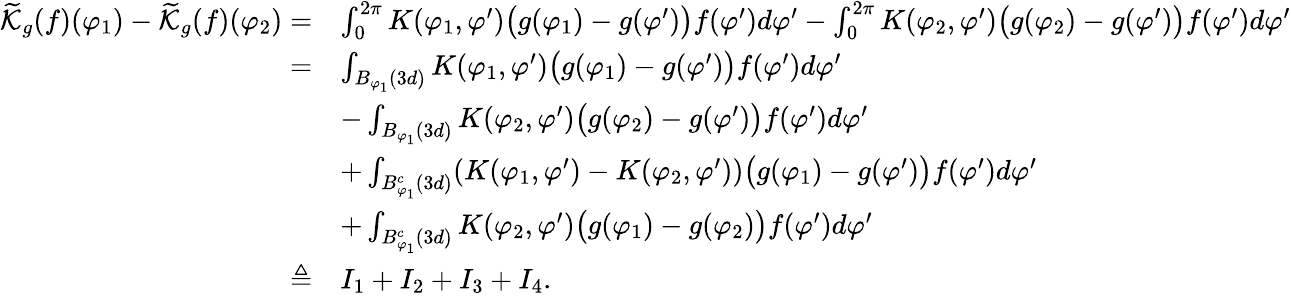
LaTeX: \begin{array}{rl}{\widetilde{\mathcal{K}}_{g}(f)(\varphi_{1})-\widetilde{\mathcal{K}}_{g}(f)(\varphi_{2})=}&{\int_{0}^{2\pi}K(\varphi_{1},\varphi^{\prime})\big(g(\varphi_{1})-g(\varphi^{\prime})\big)f(\varphi^{\prime})d\varphi^{\prime}-\int_{0}^{2\pi}K(\varphi_{2},\varphi^{\prime})\big(g(\varphi_{2})-g(\varphi^{\prime})\big)f(\varphi^{\prime})d\varphi^{\prime}}\\ {=}&{\int_{B_{\varphi_{1}}(3d)}K(\varphi_{1},\varphi^{\prime})\big(g(\varphi_{1})-g(\varphi^{\prime})\big)f(\varphi^{\prime})d\varphi^{\prime}}\\ &{-\int_{B_{\varphi_{1}}(3d)}K(\varphi_{2},\varphi^{\prime})\big(g(\varphi_{2})-g(\varphi^{\prime})\big)f(\varphi^{\prime})d\varphi^{\prime}}\\ &{+\int_{B_{\varphi_{1}}^{c}(3d)}(K(\varphi_{1},\varphi^{\prime})-K(\varphi_{2},\varphi^{\prime}))\big(g(\varphi_{1})-g(\varphi^{\prime})\big)f(\varphi^{\prime})d\varphi^{\prime}}\\ &{+\int_{B_{\varphi_{1}}^{c}(3d)}K(\varphi_{2},\varphi^{\prime})\big(g(\varphi_{1})-g(\varphi_{2})\big)f(\varphi^{\prime})d\varphi^{\prime}}\\ {\triangleq}&{I_{1}+I_{2}+I_{3}+I_{4}.}\end{array}